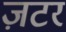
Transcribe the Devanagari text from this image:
ज़टर